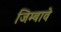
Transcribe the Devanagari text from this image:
जिम्बावे